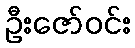
ဦးဇော်ဝင်း